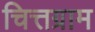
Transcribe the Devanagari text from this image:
चित्तग्राम